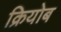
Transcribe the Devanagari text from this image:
क्रियोब